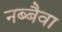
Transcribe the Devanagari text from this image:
नब्बैवा